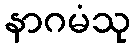
နာဂမံသု